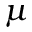
\mu